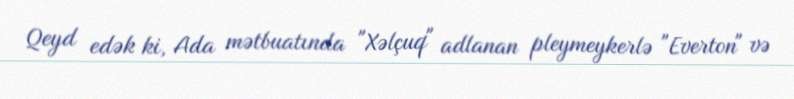
Qeyd edək ki, Ada mətbuatında "Xəlçuq" adlanan pleymeykerlə "Everton" və